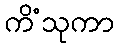
ကိံသုကာ